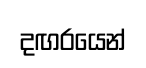
දඟරයෙන්